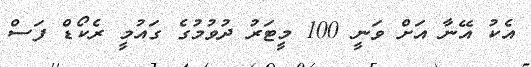
އެކު އޭނާ އަށް ވަނީ 100 މީޓަރު ދުވުމުގެ ގައުމީ ރެކޯޑް ފަސް